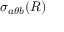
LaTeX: \sigma _ { a \theta b } ( R )